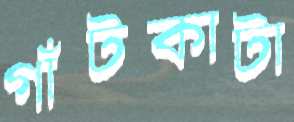
গাঁটকাটা